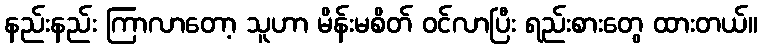
နည်းနည်း ကြာလာတော့ သူဟာ မိန်းမစိတ် ဝင်လာပြီး ရည်းစားတွေ ထားတယ်။